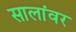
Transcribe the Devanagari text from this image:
सालांवर